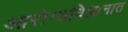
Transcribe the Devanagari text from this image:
आरोग्यविज्ञानात